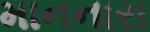
માનનારા